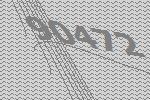
90472